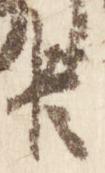
臣